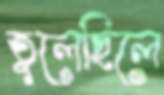
তুলেছিলে